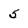
Character: 5